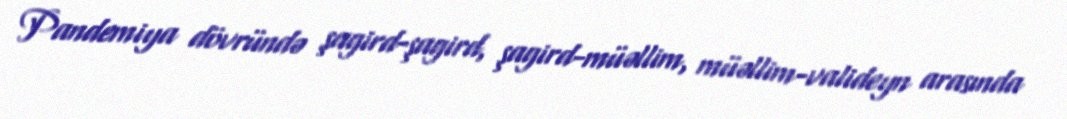
Pandemiya dövründə şagird-şagird, şagird-müəllim, müəllim-valideyn arasında